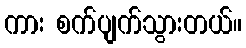
ကား စက်ပျက်သွားတယ်။